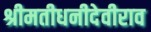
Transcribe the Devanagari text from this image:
श्रीमतीधनीदेवीराव